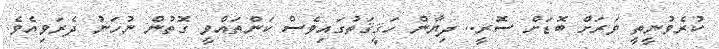
ކުރެވުނީތީ ވަރަށް ބޮޑަށް ސޮރީ.. ދިޔާން ހަޤީޤަތުގައިވެސް ކަންތައްވީ ގޮތުން ނުހަނު ދެރަވިއެވެ.